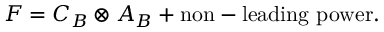
F = C _ { B } \otimes A _ { B } + \mathrm { n o n - l e a d i n g ~ p o w e r } .